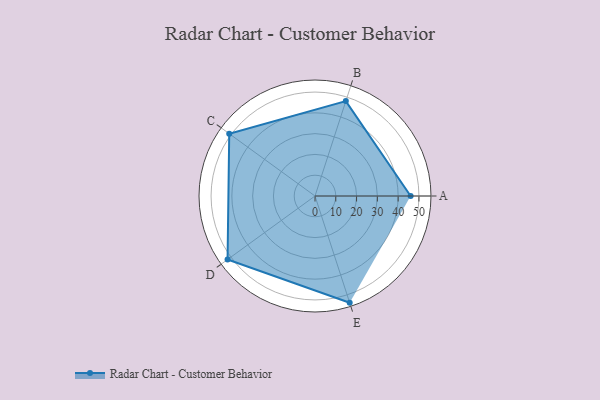
{"axis": {"x": "Skill", "y": "Score"}, "legend": ["Profile"], "data": [{"x": "A", "y": 46.0, "type": "Profile"}, {"x": "B", "y": 48.0, "type": "Profile"}, {"x": "C", "y": 51.0, "type": "Profile"}, {"x": "D", "y": 52.0, "type": "Profile"}, {"x": "E", "y": 54.0, "type": "Profile"}]}